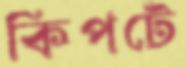
কিপটে